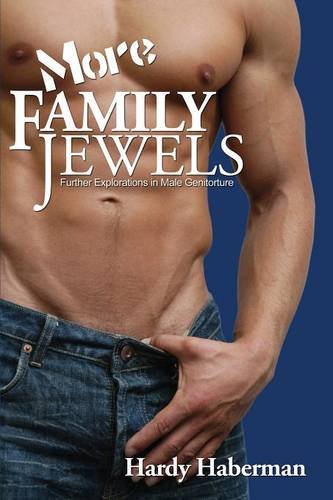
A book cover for More Family Jewels: Further Explorations in Male Genitorture (Boner Books); Hardy Haberman; Romance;